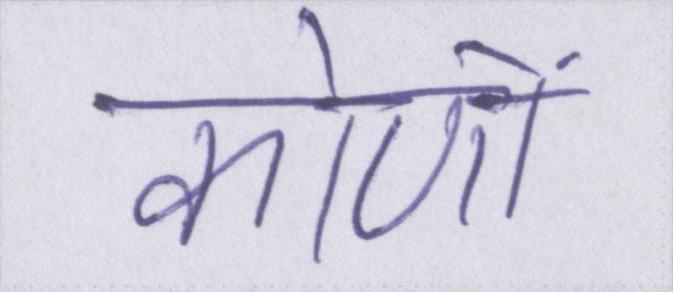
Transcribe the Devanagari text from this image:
कोणों